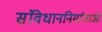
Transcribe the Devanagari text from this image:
संविधाननिर्माताओं